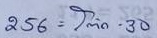
256 = โต๊ด  - 30